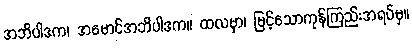
အဘိပါဒက၊ အမောင်အဘိပါဒက။ ထလမှာ၊ မြင့်သောကုန်ကြည်းအရပ်မှ။